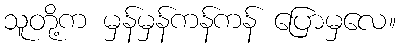
သူတို့က မှန်မှန်ကန်ကန် ပြောမှလေ။